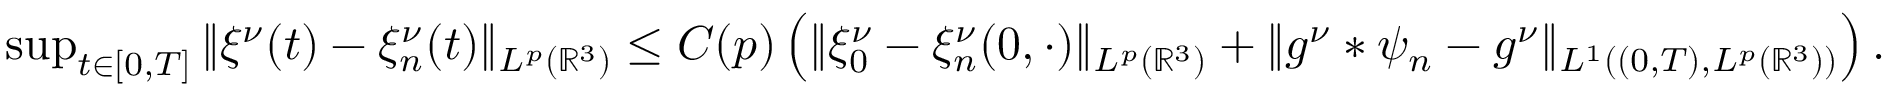
\begin{array} { r } { \operatorname* { s u p } _ { t \in [ 0 , T ] } \| \xi ^ { \nu } ( t ) - \xi _ { n } ^ { \nu } ( t ) \| _ { L ^ { p } ( \mathbb { R } ^ { 3 } ) } \leq C ( p ) \left( \| \xi _ { 0 } ^ { \nu } - \xi _ { n } ^ { \nu } ( 0 , \cdot ) \| _ { L ^ { p } ( \mathbb { R } ^ { 3 } ) } + \| g ^ { \nu } \ast \psi _ { n } - g ^ { \nu } \| _ { L ^ { 1 } ( ( 0 , T ) , L ^ { p } ( \mathbb { R } ^ { 3 } ) ) } \right) . } \end{array}